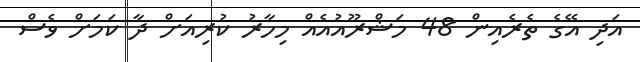
އަދި އޭގެ ތެރެއިން 48 މަޝްރޫއުއެއް މިހާރު ކުރިއަށް ދާ ކަމަށް ވެސް